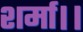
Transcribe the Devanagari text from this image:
शर्मा।।